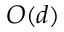
O ( d )